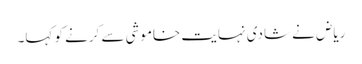
ریاض نے شادی نہایت خاموشی سے کرنے کو کہا۔